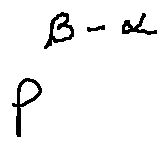
p ^ { \beta - \alpha }